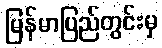
မြန်မာပြည်တွင်းမှ